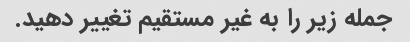
جمله زیر را به غیر مستقیم تغییر دهید.